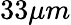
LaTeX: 33\mu m